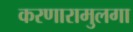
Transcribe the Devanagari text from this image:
करणारामुलगा